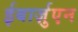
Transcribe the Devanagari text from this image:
ईबार्ज़ुएन